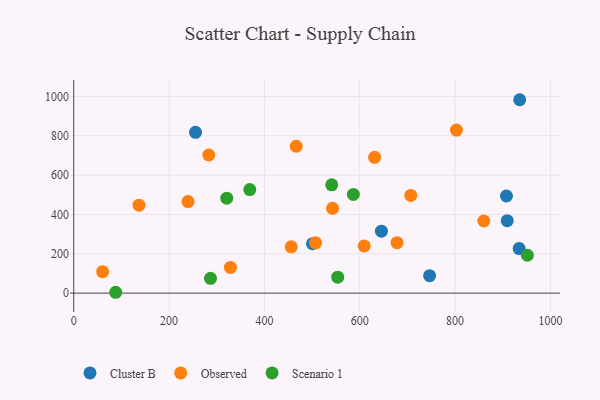
{"axis": {"x": "Speed", "y": "Profit"}, "legend": ["Cluster B", "Observed", "Scenario 1"], "data": [{"x": "909.4", "y": 368.7, "type": "Cluster B"}, {"x": "645.5", "y": 315.1, "type": "Cluster B"}, {"x": "500.8", "y": 251.1, "type": "Cluster B"}, {"x": "907.8", "y": 493.9, "type": "Cluster B"}, {"x": "746.6", "y": 88.6, "type": "Cluster B"}, {"x": "255.5", "y": 817.9, "type": "Cluster B"}, {"x": "934.5", "y": 226.6, "type": "Cluster B"}, {"x": "935.6", "y": 983.6, "type": "Cluster B"}, {"x": "456.3", "y": 235.5, "type": "Observed"}, {"x": "507.4", "y": 256.0, "type": "Observed"}, {"x": "239.8", "y": 465.7, "type": "Observed"}, {"x": "136.9", "y": 447.4, "type": "Observed"}, {"x": "466.7", "y": 747.0, "type": "Observed"}, {"x": "609.4", "y": 240.1, "type": "Observed"}, {"x": "802.9", "y": 829.4, "type": "Observed"}, {"x": "860.3", "y": 366.7, "type": "Observed"}, {"x": "283.3", "y": 702.4, "type": "Observed"}, {"x": "678.3", "y": 256.4, "type": "Observed"}, {"x": "707.1", "y": 496.9, "type": "Observed"}, {"x": "543.0", "y": 431.3, "type": "Observed"}, {"x": "328.7", "y": 130.7, "type": "Observed"}, {"x": "60.6", "y": 108.9, "type": "Observed"}, {"x": "631.2", "y": 690.9, "type": "Observed"}, {"x": "586.6", "y": 502.0, "type": "Scenario 1"}, {"x": "553.8", "y": 81.0, "type": "Scenario 1"}, {"x": "369.3", "y": 526.4, "type": "Scenario 1"}, {"x": "286.9", "y": 75.1, "type": "Scenario 1"}, {"x": "88.0", "y": 4.3, "type": "Scenario 1"}, {"x": "541.2", "y": 550.9, "type": "Scenario 1"}, {"x": "321.0", "y": 482.7, "type": "Scenario 1"}, {"x": "951.7", "y": 192.7, "type": "Scenario 1"}]}